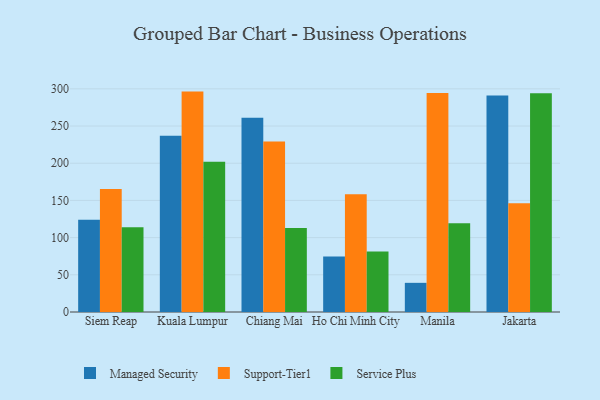
{"axis": {"x": "City", "y": "Customer Acquisition Cost (USD)"}, "legend": ["Managed Security", "Service Plus", "Support-Tier1"], "data": [{"x": "Siem Reap", "y": 123.9, "type": "Managed Security"}, {"x": "Siem Reap", "y": 165.2, "type": "Support-Tier1"}, {"x": "Siem Reap", "y": 114.1, "type": "Service Plus"}, {"x": "Kuala Lumpur", "y": 237.0, "type": "Managed Security"}, {"x": "Kuala Lumpur", "y": 296.3, "type": "Support-Tier1"}, {"x": "Kuala Lumpur", "y": 202.1, "type": "Service Plus"}, {"x": "Chiang Mai", "y": 261.0, "type": "Managed Security"}, {"x": "Chiang Mai", "y": 229.1, "type": "Support-Tier1"}, {"x": "Chiang Mai", "y": 112.8, "type": "Service Plus"}, {"x": "Ho Chi Minh City", "y": 74.6, "type": "Managed Security"}, {"x": "Ho Chi Minh City", "y": 158.4, "type": "Support-Tier1"}, {"x": "Ho Chi Minh City", "y": 81.2, "type": "Service Plus"}, {"x": "Manila", "y": 39.2, "type": "Managed Security"}, {"x": "Manila", "y": 294.4, "type": "Support-Tier1"}, {"x": "Manila", "y": 119.4, "type": "Service Plus"}, {"x": "Jakarta", "y": 291.2, "type": "Managed Security"}, {"x": "Jakarta", "y": 146.1, "type": "Support-Tier1"}, {"x": "Jakarta", "y": 294.1, "type": "Service Plus"}]}